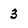
Character: 3